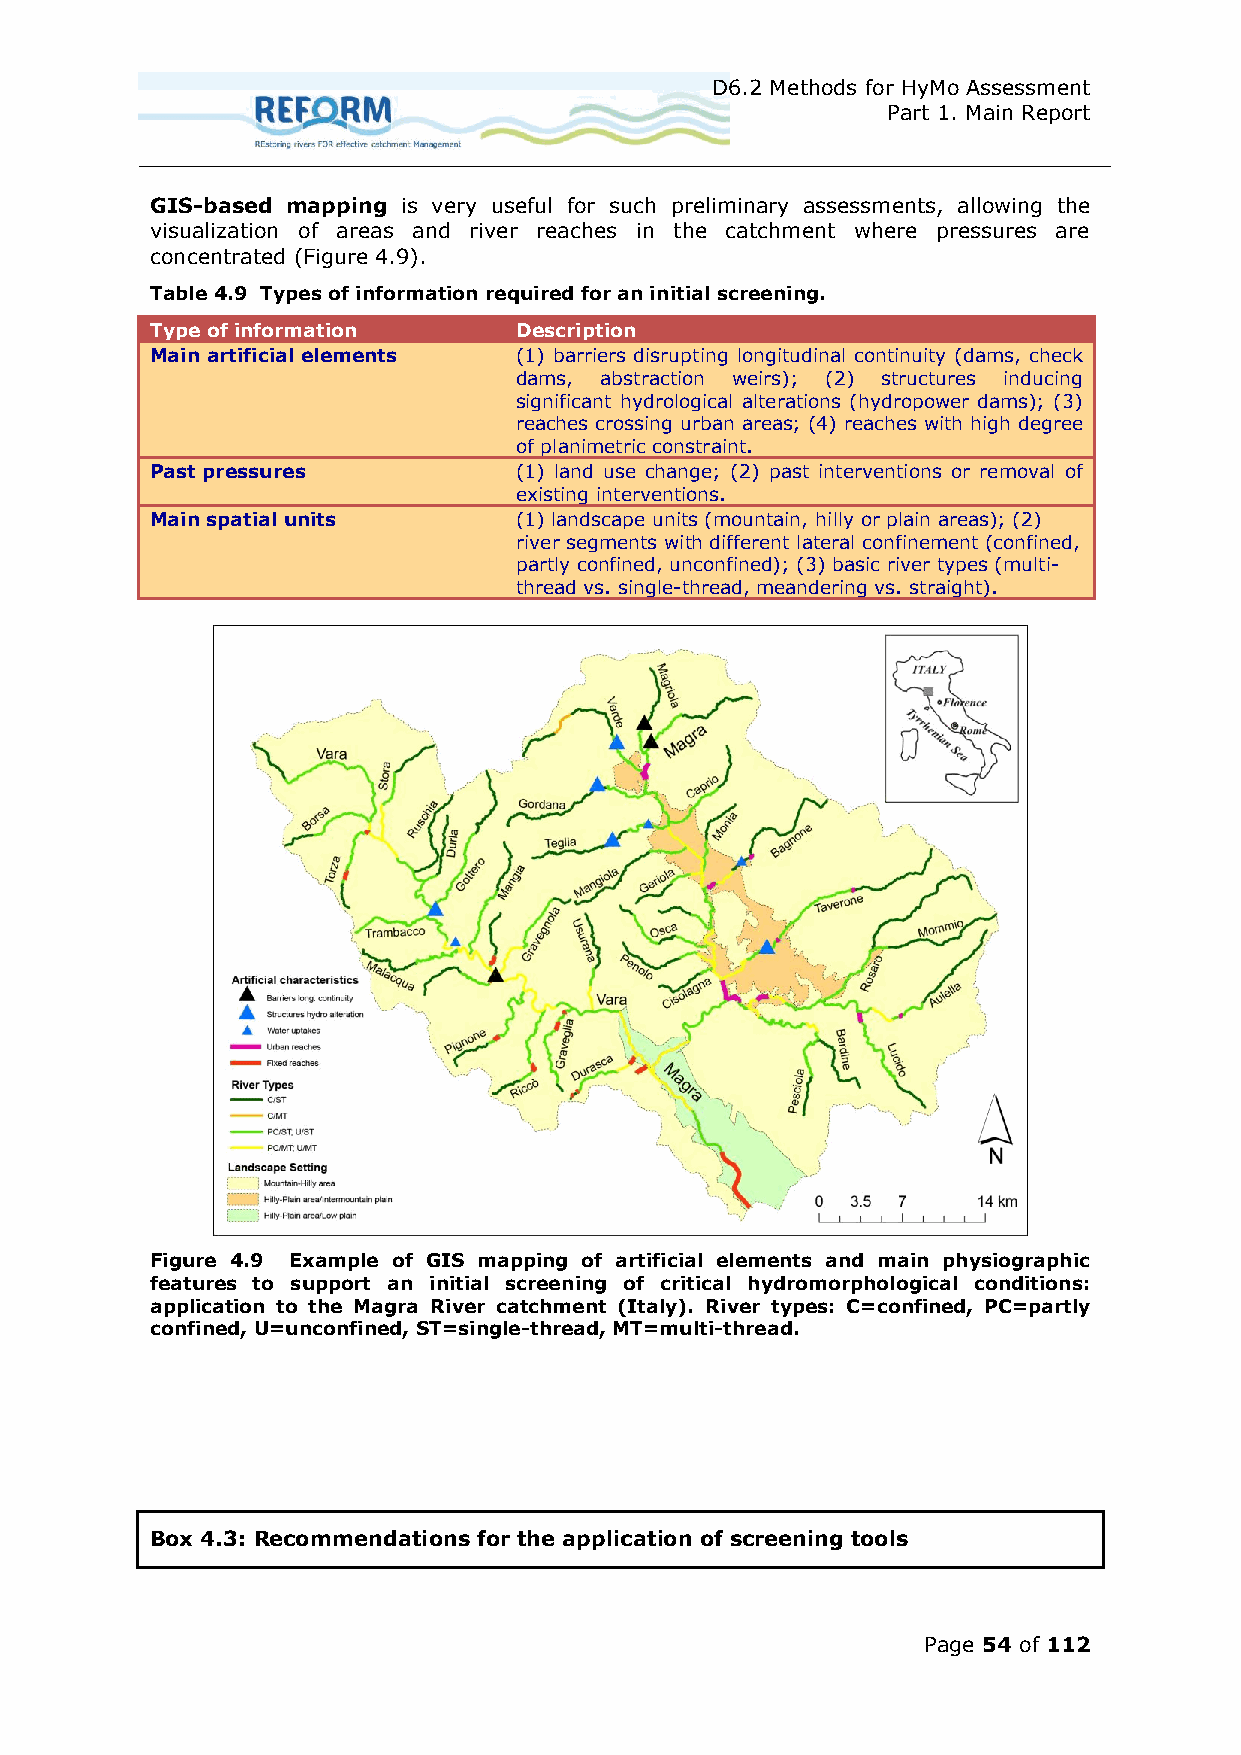
D6.2 Methods for HyMo Assessment
 Part 1. Main Report
 GIS-based mapping is very useful for such preliminary assessments, allowing the
 visualization of areas and river reaches in the catchment where pressures are
 concentrated (Figure 4.9).
 Table 4.9 Types of information required for an initial screening.
 Type of information     Description
 Main artificial elements (1) barriers disrupting longitudinal continuity (dams, check
 dams, abstraction weirs); (2) structures inducing
 significant hydrological alterations (hydropower dams); (3)
 reaches crossing urban areas; (4) reaches with high degree
 of planimetric constraint.
 Past pressures          (1) land use change; (2) past interventions or removal of
 existing interventions.
 Main spatial units      (1) landscape units (mountain, hilly or plain areas); (2)
 river segments with different lateral confinement (confined,
 partly confined, unconfined); (3) basic river types (multi-
 thread vs. single-thread, meandering vs. straight).
 Figure 4.9 Example of GIS mapping of artificial elements and main physiographic
 features to support an initial screening of critical hydromorphological conditions:
 application to the Magra River catchment (Italy). River types: C=confined, PC=partly
 confined, U=unconfined, ST=single-thread, MT=multi-thread.
 Box 4.3: Recommendations for the application of screening tools
 Page 54 of 112